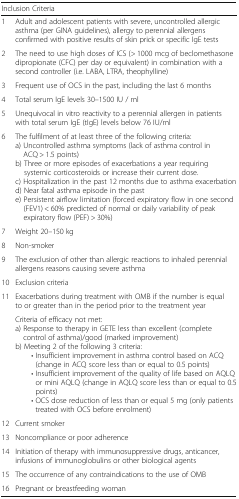
<table><thead><tr><td colspan="2"><b>Inclusion Criteria</b></td></tr></thead><tbody><tr><td>1</td><td>Adult and adolescent patients with severe, uncontrolled allergic asthma (per GINA guidelines), allergy to perennial allergens confirmed with positive results of skin prick or specific IgE tests</td></tr><tr><td>2</td><td>The need to use high doses of ICS (&gt; 1000 mcg of beclomethasone dipropionate (CFC) per day or equivalent) in combination with a second controller (i.e. LABA, LTRA, theophylline)</td></tr><tr><td>3</td><td>Frequent use of OCS in the past, including the last 6 months</td></tr><tr><td>4</td><td>Total serum IgE levels 30–1500 IU / ml</td></tr><tr><td>5</td><td>Unequivocal in vitro reactivity to a perennial allergen in patients with total serum IgE (tIgE) levels below 76 IU/ml</td></tr><tr><td>6</td><td>The fulfilment of at least three of the following criteria:a) Uncontrolled asthma symptoms (lack of asthma control in ACQ &gt; 1.5 points)b) Three or more episodes of exacerbations a year requiring systemic corticosteroids or increase their current dose.c) Hospitalization in the past 12 months due to asthma exacerbationd) Near fatal asthma episode in the paste) Persistent airflow limitation (forced expiratory flow in one second (FEV1) &lt; 60% predicted of normal or daily variability of peak expiratory flow (PEF) &gt; 30%)</td></tr><tr><td>7</td><td>Weight 20–150 kg</td></tr><tr><td>8</td><td>Non-smoker</td></tr><tr><td>9</td><td>The exclusion of other than allergic reactions to inhaled perennial allergens reasons causing severe asthma</td></tr><tr><td>10</td><td>Exclusion criteria</td></tr><tr><td>11</td><td>Exacerbations during treatment with OMB if the number is equal to or greater than in the period prior to the treatment year</td></tr><tr><td></td><td>Criteria of efficacy not met:a) Response to therapy in GETE less than excellent (complete control of asthma)/good (marked improvement)b) Meeting 2 of the following 3 criteria:• Insufficient improvement in asthma control based on ACQ (change in ACQ score less than or equal to 0.5 points)• Insufficient improvement of the quality of life based on AQLQ or mini AQLQ (change in AQLQ score less than or equal to 0.5 points)• OCS dose reduction of less than or equal 5 mg (only patients treated with OCS before enrolment)</td></tr><tr><td>12</td><td>Current smoker</td></tr><tr><td>13</td><td>Noncompliance or poor adherence</td></tr><tr><td>14</td><td>Initiation of therapy with immunosuppressive drugs, anticancer, infusions of immunoglobulins or other biological agents</td></tr><tr><td>15</td><td>The occurrence of any contraindications to the use of OMB</td></tr><tr><td>16</td><td>Pregnant or breastfeeding woman</td></tr></tbody></table>